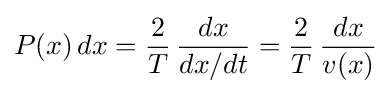
P(x)\,dx={\frac {2}{T}}\,{\frac {dx}{dx/dt}}={\frac {2}{T}}\,{\frac {dx}{v(x)}}